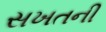
સખતની